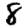
Digit: 8